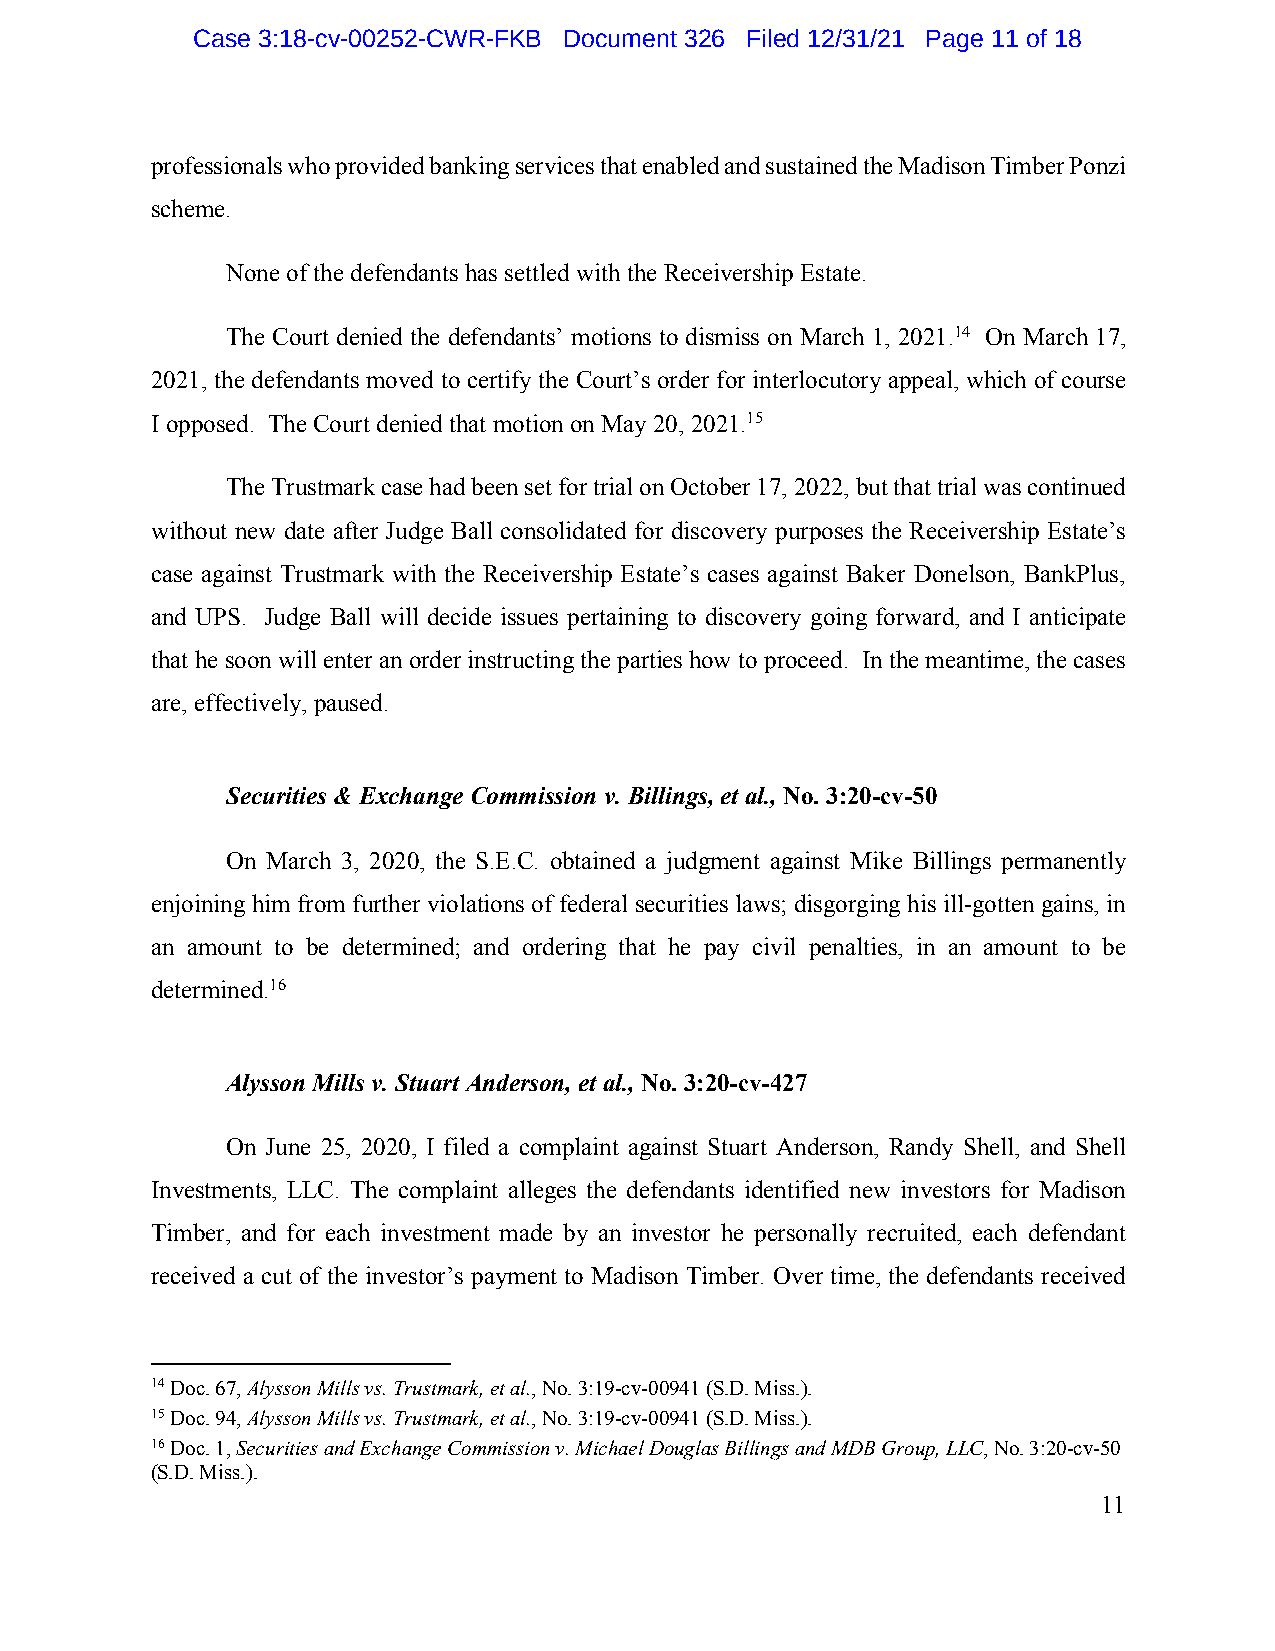
Case 3:18-cv-00252-CWR-FKB Document 326 Filed 12/31/21 Page 11 of 18
 professionals who provided banking services that enabled and sustained the Madison Timber Ponzi
 scheme.
 None of the defendants has settled with the Receivership Estate.
 The Court denied the defendants’ motions to dismiss on March 1, 2021.14 On March 17,
 2021, the defendants moved to certify the Court’s order for interlocutory appeal, which of course
 I opposed. The Court denied that motion on May 20, 2021.15
 The Trustmark case had been set for trial on October 17, 2022, but that trial was continued
 without new date after Judge Ball consolidated for discovery purposes the Receivership Estate’s
 case against Trustmark with the Receivership Estate’s cases against Baker Donelson, BankPlus,
 and UPS. Judge Ball will decide issues pertaining to discovery going forward, and I anticipate
 that he soon will enter an order instructing the parties how to proceed. In the meantime, the cases
 are, effectively, paused.
 Securities & Exchange Commission v. Billings, et al., No. 3:20-cv-50
 On March 3, 2020, the S.E.C. obtained a judgment against Mike Billings permanently
 enjoining him from further violations of federal securities laws; disgorging his ill-gotten gains, in
 an amount to be determined; and ordering that he pay civil penalties, in an amount to be
 determined.16
 Alysson Mills v. Stuart Anderson, et al., No. 3:20-cv-427
 On June 25, 2020, I filed a complaint against Stuart Anderson, Randy Shell, and Shell
 Investments, LLC. The complaint alleges the defendants identified new investors for Madison
 Timber, and for each investment made by an investor he personally recruited, each defendant
 received a cut of the investor’s payment to Madison Timber. Over time, the defendants received
 14 Doc. 67, Alysson Mills vs. Trustmark, et al., No. 3:19-cv-00941 (S.D. Miss.).
 15 Doc. 94, Alysson Mills vs. Trustmark, et al., No. 3:19-cv-00941 (S.D. Miss.).
 16 Doc. 1, Securities and Exchange Commission v. Michael Douglas Billings and MDB Group, LLC, No. 3:20-cv-50
 (S.D. Miss.).
 11